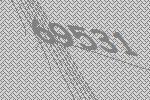
69531